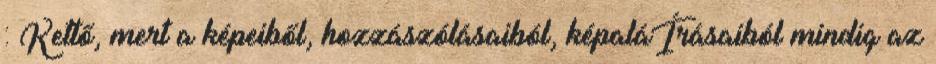
: Kettő, mert a képeiből, hozzászólásaiból, képaláÍrásaiból mindig az